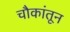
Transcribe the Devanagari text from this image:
चौकांतून